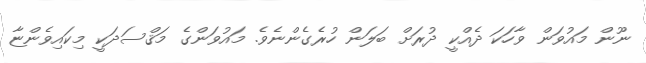
ނޫން މައުވަން ވާހަކަ ދެއްކީ ދުރަށް ބަލަން ހުރެގެންނެވެ. މައުވަންގެ މަޤްސަދަކީ މިކައިވެންޏާ